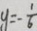
y = - \frac { 1 } { 6 }